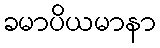
ခမာပိယမာနာ